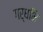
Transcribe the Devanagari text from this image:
गर्धभि